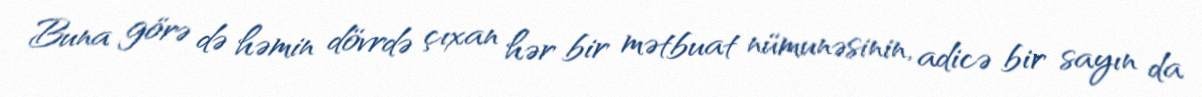
Buna görə də həmin dövrdə çıxan hər bir mətbuat nümunəsinin, adicə bir sayın da